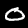
Label: 0